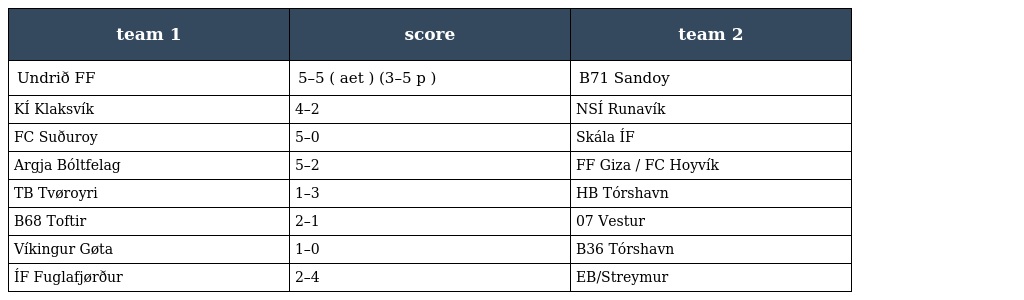
| team 1 | score | team 2 |
 | --- | --- | --- |
 | Undrið FF | 5–5 ( aet ) (3–5 p ) | B71 Sandoy |
 | KÍ Klaksvík | 4–2 | NSÍ Runavík |
 | FC Suðuroy | 5–0 | Skála ÍF |
 | Argja Bóltfelag | 5–2 | FF Giza / FC Hoyvík |
 | TB Tvøroyri | 1–3 | HB Tórshavn |
 | B68 Toftir | 2–1 | 07 Vestur |
 | Víkingur Gøta | 1–0 | B36 Tórshavn |
 | ÍF Fuglafjørður | 2–4 | EB/Streymur |